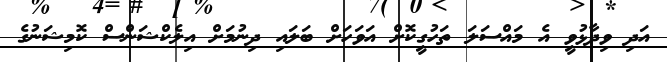
އަދި ވިދާޅުވީ އެ މައްސަލަ ތަހުގީކޮށް އަވަހަށް ބަލައި ދިނުމަށް އިލެކްޝަންސް ކޮމިޝަނުގެ